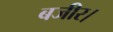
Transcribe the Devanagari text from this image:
बजीर।